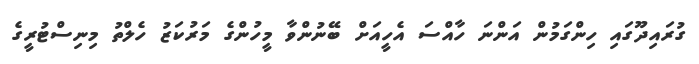
ގުރައިދޫގައި ހިންގަމުން އަންނަ ހާއްސަ އެހީއަށް ބޭނުންވާ މީހުންގެ މަރުކަޒު ހެލްތު މިނިސްޓުރީގެ